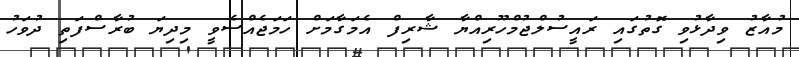
މުއާޒު ވިދާޅުވި ގޮތުގައި ރައީސުލްޖުމްހޫރިއްޔާ ޝާރިފް އެމަގާމަށް ހަމަޖެއްސެވީ މިދިޔަ ބުރާސްފަތި ދުވަހު